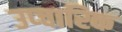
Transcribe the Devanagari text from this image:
उप्चारिक